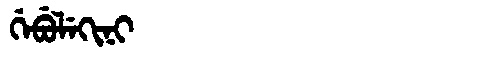
Manchu: ᡤᡝᠪᡠᠯᡝᡴᡳᠨᡳ
Romanization: GEBULEKINI